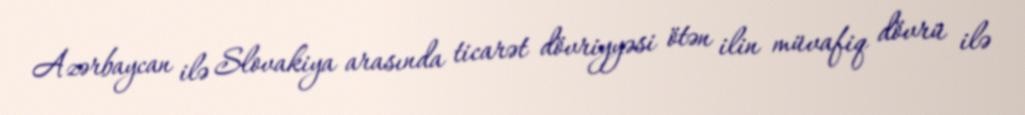
Azərbaycan ilə Slovakiya arasında ticarət dövriyyəsi ötən ilin müvafiq dövrü ilə